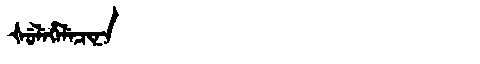
Manchu: ᡧᡠᠯᡝᡥᡝᠯᡝᠴᡳᠨᠠ
Romanization: ŠULEHELECINA